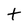
Character: t